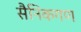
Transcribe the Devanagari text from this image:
सैनिकगण